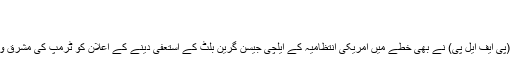
"
رکاوٹوں کا حجم
ڈیموکریٹک فرنٹ برائے لبریشن آف فلسطین (پی ایف ایل پی) نے بھی خطے میں امریکی انتظامیہ کے ایلچی جیسن گرین بلٹ کے استعفیٰ دینے کے اعلان کو ٹرمپ کی مشرق وسطیٰ کے لیے اسکیموں کی ناکامی قرار دیا۔